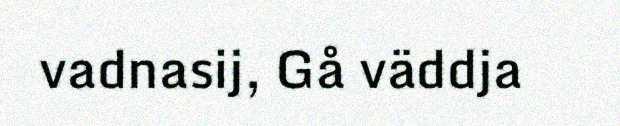
vadnasij, Gå väddja